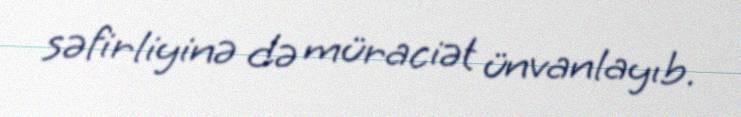
səfirliyinə də müraciət ünvanlayıb.